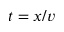
t = x / v